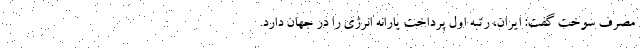
مصرف سوخت گفت: ایران، رتبه اول پرداخت یارانه انرژی را در جهان دارد.